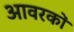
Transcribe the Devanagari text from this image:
आवरकों